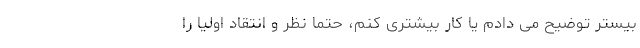
بیستر توضیح می دادم یا کار بیشتری کنم، حتما نظر و انتقاد اولیا را